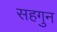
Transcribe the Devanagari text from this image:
सहगुन